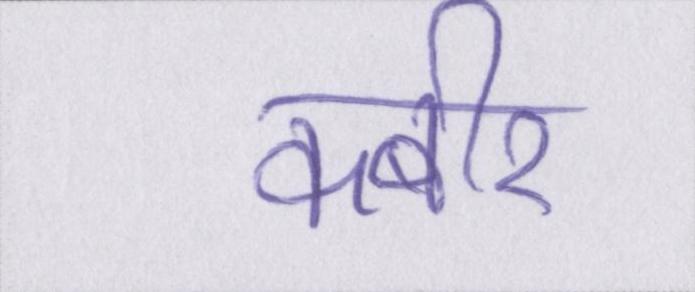
कबीर